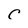
Character: C